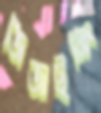
জিজাইনিং